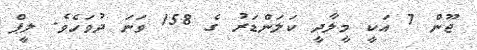
ޖޫން 7 އަކީ މީލާދީ ކަލަންޑަރު ގެ 158 ވަނަ ދުވަހެވެ. ލީޕް